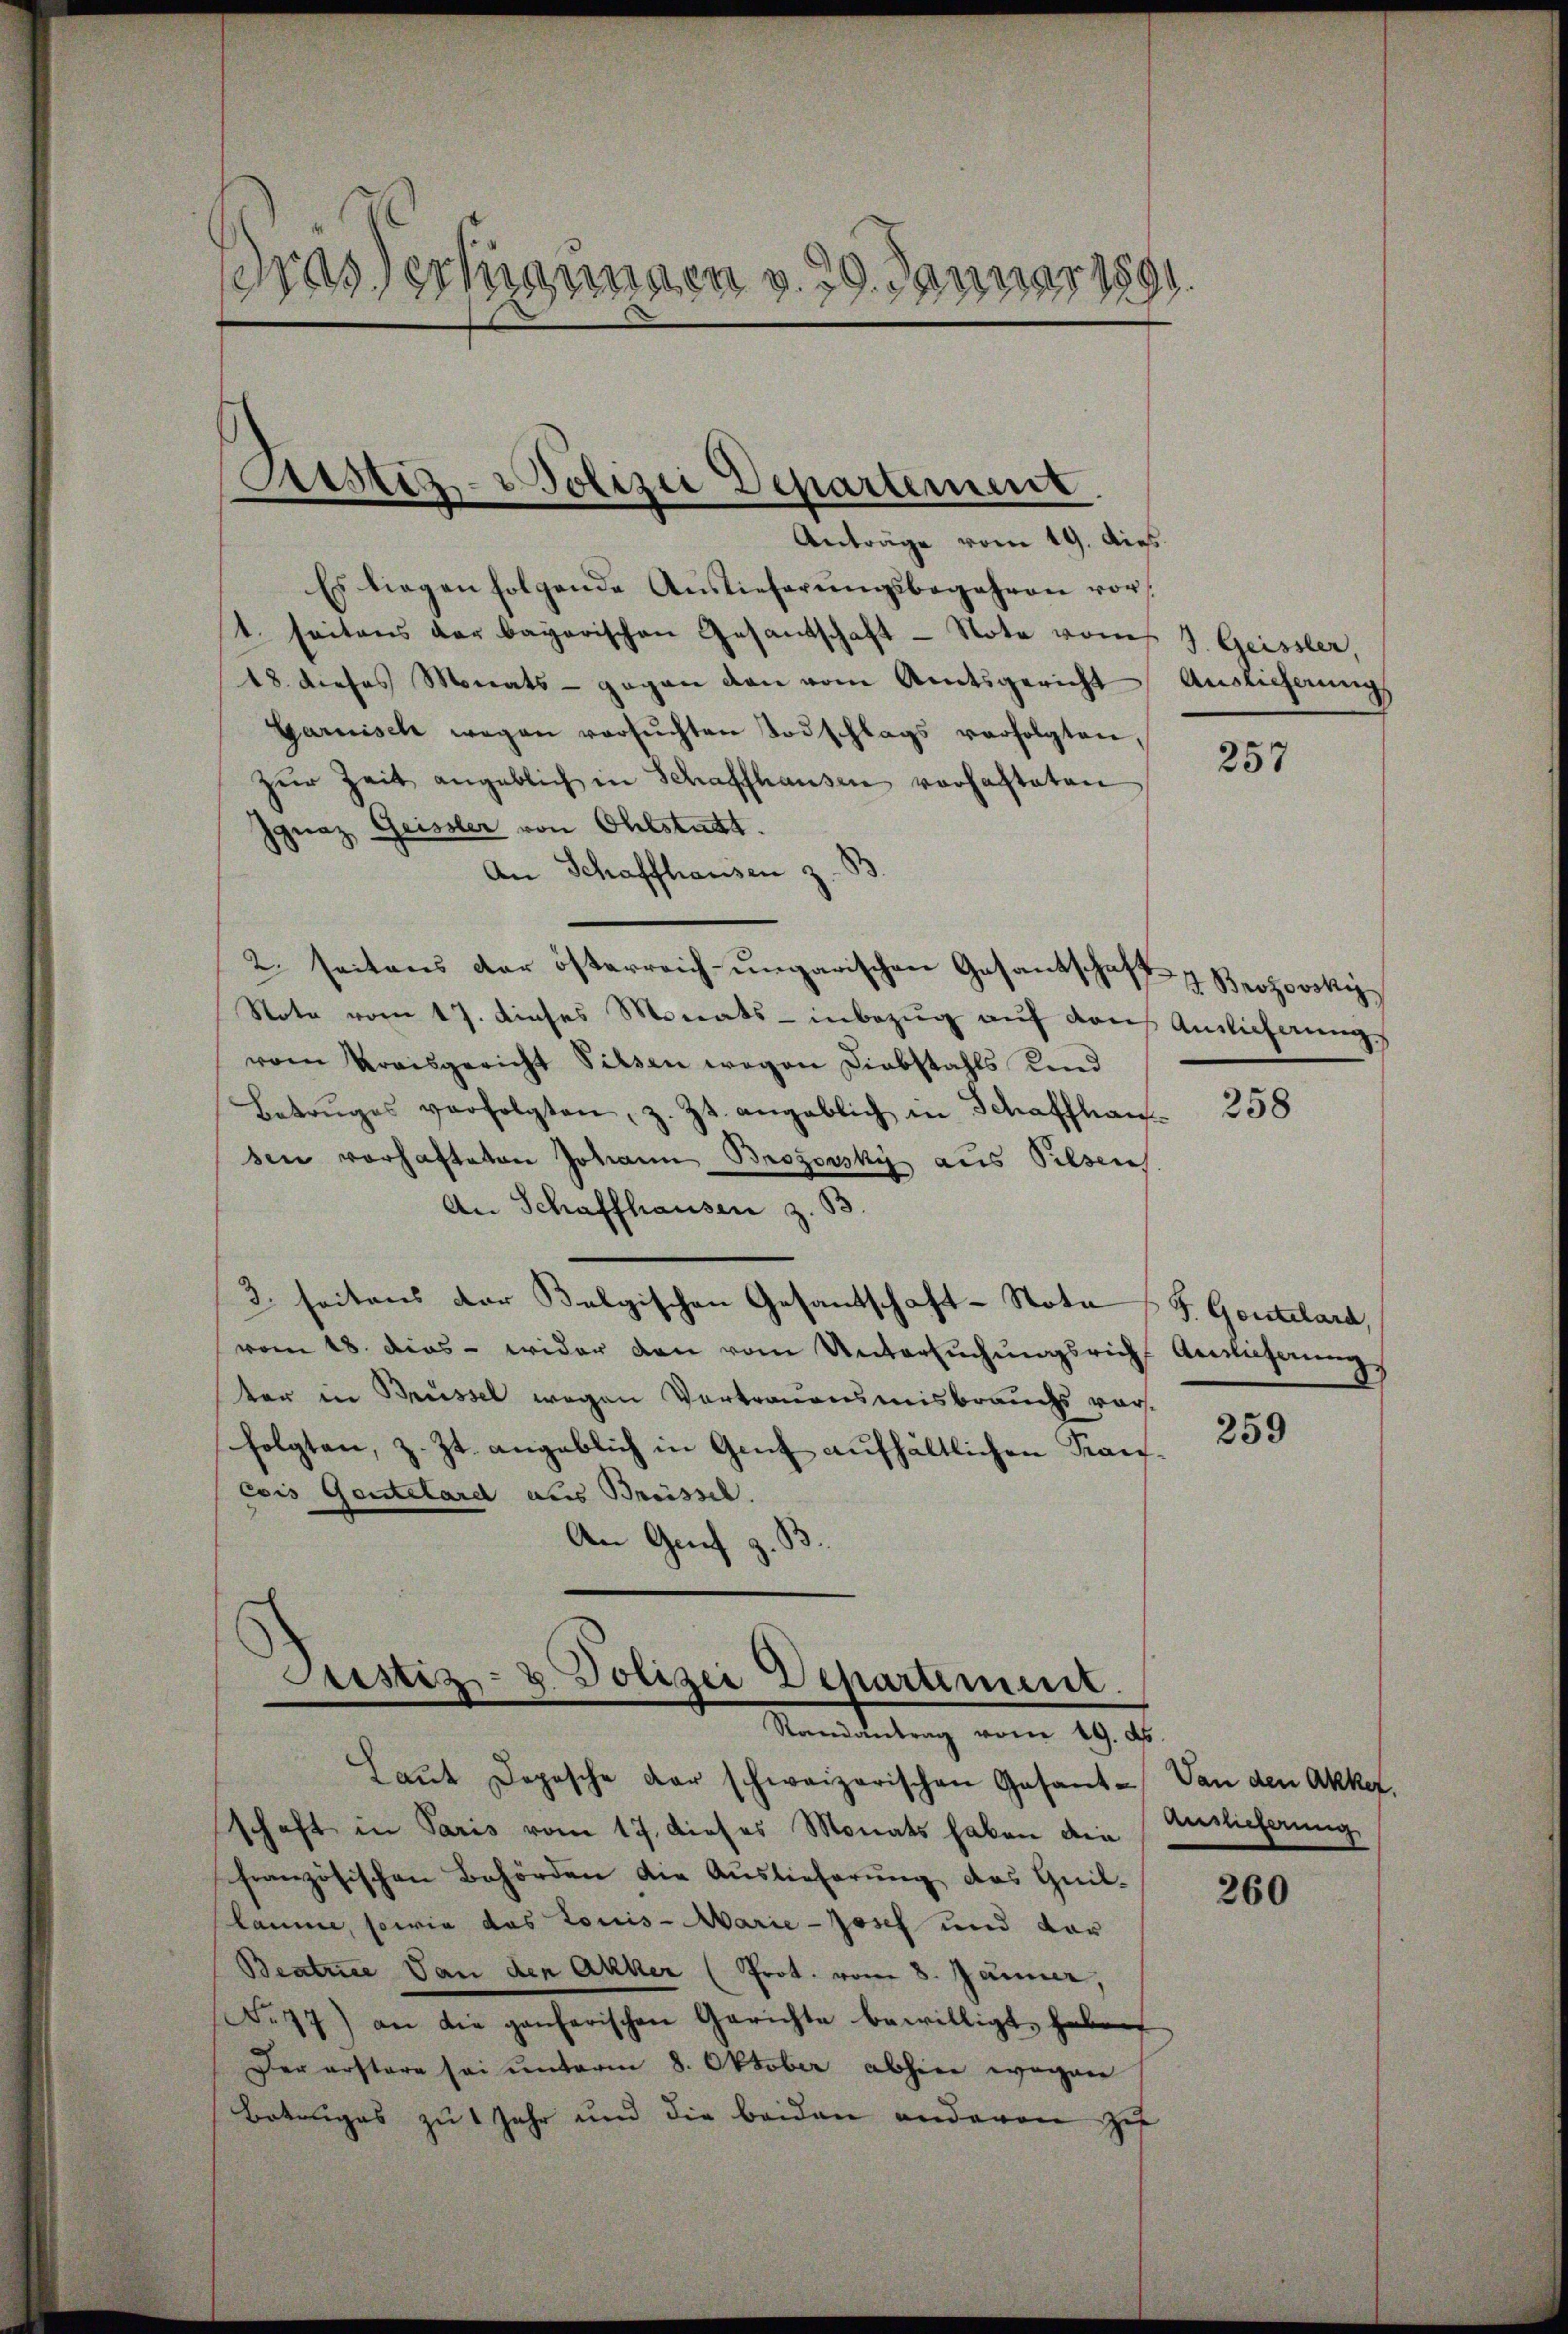
Das verfügungen d. 29. Januar 1891

Anträge vom 19. dies
Es liegen folgende Auslieferŭngsbegehren vor
t. seitens der bayerischen Gesantschaft - Note vom
18 dieses Monats- gegen den vom Amtsgericht Auslieferung
Garnisch wegen versŭchten Todschlags verfolgten
zŭr Zeit angeblich in Schaffhausen verhafteten
Ignaz Geissler von Ohlstatt.
An Schaffhausen z. B.
2. seitens der österreich-ungarischen Gesantschaft z. Brozovsky¬
Note vom 17. dieses Monats - inbezug auf das Amlicherung
vem Kreisgericht Silsen wegen Diebstahls und
Betruges verfolgten, z. Zt. angeblich in Schaffhaus-
den vorhafteten Johann Brozovsky aus Pilsens.
An Schaffhausen z. B.
2. seitens der Belgischen Gesandschaft-Note / 5. Gentelard,
vom 18. dies - wider den vom Untersuchungsrich Auslieferung
ter in Brüssel wegen Vortrauensmisbrauchs vorfolgten, z. Zt. angeblich in Gant aufhältlichen Kan
cois Gantelard aus Brüssel.
An Genf z.

Astiz-Polizei Departement

Justiz- & Polizei Departement
Randantrag vom 19. ds.

J. Geissler,

Laŭt Depesche der schweizerischen Gesant- Von den Akker.
schaft in Paris vom 17. dieses Monats haben die
französischen Behörden die Auslieferung des Guil-
laume, sowie das Louis-Marie - Josef und dar
Beatrice von den Akker (Prot. vom 8. Jänner,
No 77) an die ganzerischen Gerichte bewilligt, habe
Der erstere sei unterm 8. Oktober abhier wegen
Boteniges zu 1 Jahr und die beiden anderen Zif

257

258

.

259

Auslieferung

260